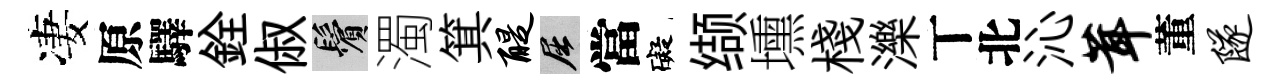
凄原驛銓俶鬢濁箕醍屈當礙缬壎棧濼丅北沁茸董隧